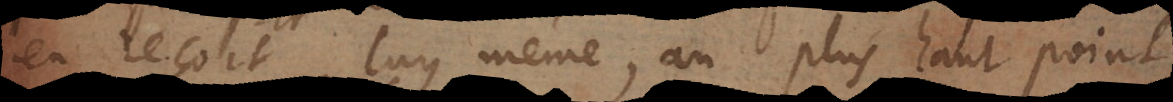
en reçoit luy même, au plus haut point